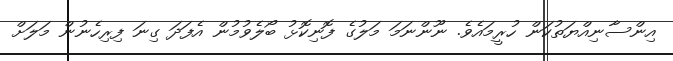
އިންސާނިއްޔަތުކަން ހުރީމައެވެ. ނޫންނަމަ މަލުގެ ފޮނިކޮޅު ބޯލެވުމުން އެފަދަ ގިނަ ފިރިހެނުން މަލަށް